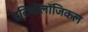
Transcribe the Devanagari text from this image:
इटियोलॉजिकल